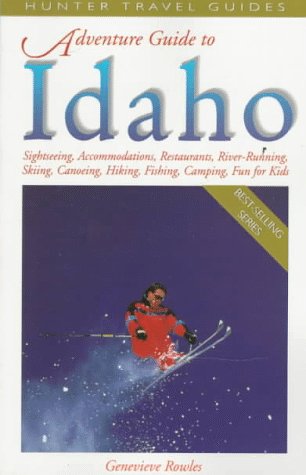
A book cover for Idaho (Adventure Guide to Idaho); Genevieve Rowles; Travel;